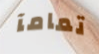
تمامآ